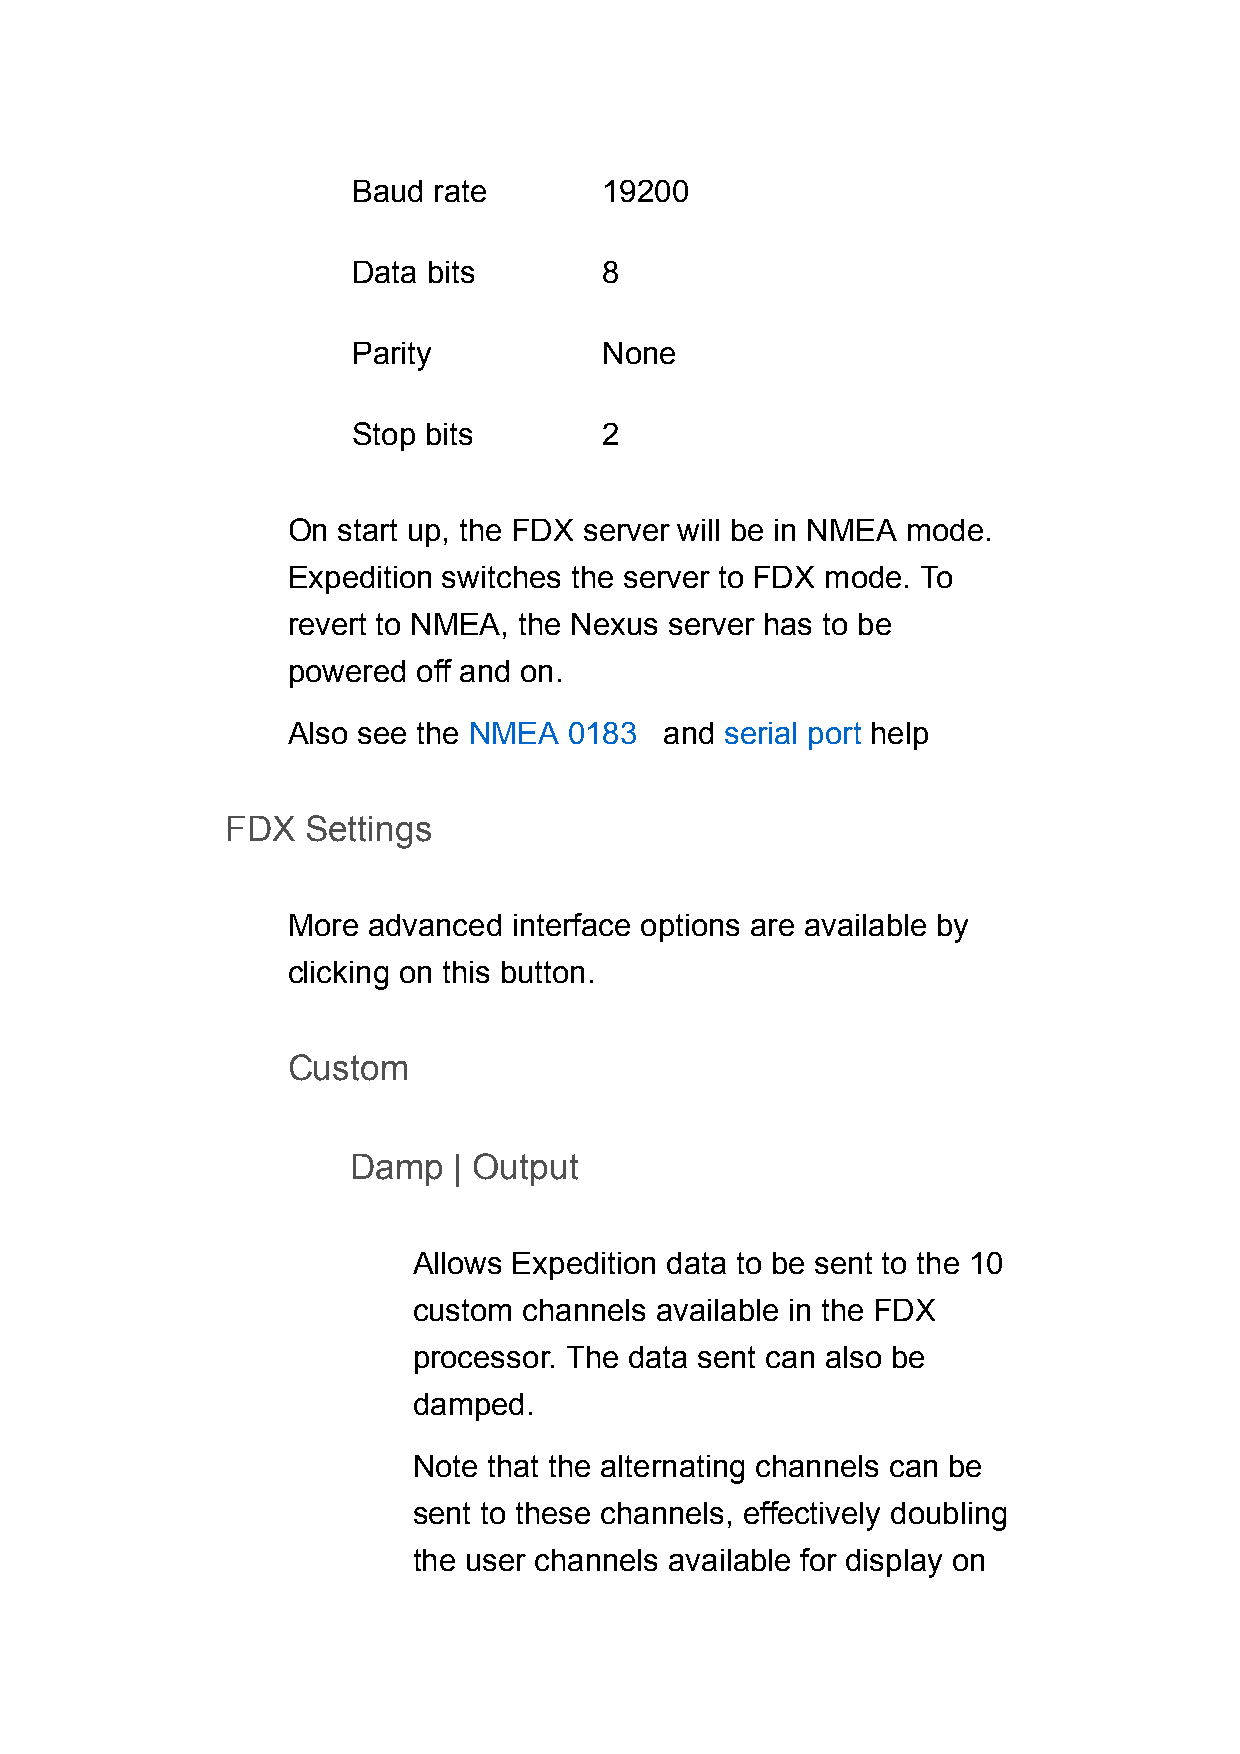
Baud  rate       19200
 Data bits        8
 Parity           None
 Stop bits        2
 On start up, the FDX server will be in NMEA mode.
 Expedition switches the server to FDX mode. To
 revert to NMEA, the Nexus server has to be
 powered  off and on.
 Also see the NMEA  0183  and serial port help
 FDX  Settings
 More advanced  interface options are available by
 clicking on this button.
 Custom
 Damp   | Output
 Allows Expedition data to be sent to the 10
 custom  channels available in the FDX
 processor. The data sent can also be
 damped.
 Note that the alternating channels can be
 sent to these channels, effectively doubling
 the user channels available for display on